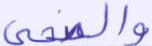
والضحى